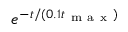
e ^ { - t / ( 0 . 1 t _ { \mathrm { ~ m ~ a ~ x ~ } } ) }